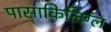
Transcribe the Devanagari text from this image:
पासाकिलिग्ल